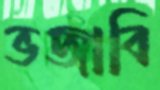
ভজাবি